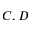
C , D